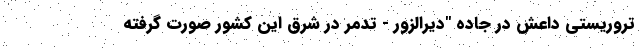
تروریستی داعش در جاده "دیرالزور - تدمر در شرق این کشور صورت گرفته